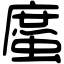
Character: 䗪